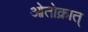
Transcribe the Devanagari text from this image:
ओतोक्रात्